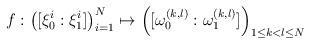
LaTeX: \begin{align*}f: \left( [\xi_0^i : \xi_1^i] \right)_{i=1}^N \mapsto \left( [\omega_0^{(k,l)} : \omega_1^{(k,l)}] \right)_{1 \leq k < l \leq N}\end{align*}